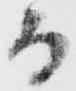
而